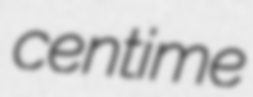
centime